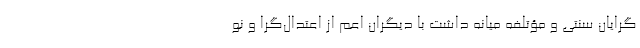
‌گرایان سنتی و مؤتلفه میانه داشت با دیگران اعم از اعتدال‌گرا و نو